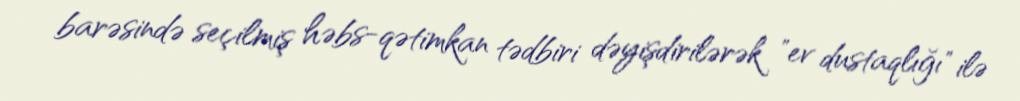
barəsində seçilmiş həbs-qətimkan tədbiri dəyişdirilərək "ev dustaqlığı" ilə